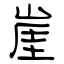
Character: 崖